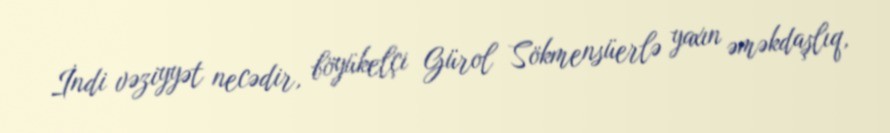
İndi vəziyyət necədir, böyükelçi Gürol Sökmensüerlə yaxın əməkdaşlıq,